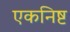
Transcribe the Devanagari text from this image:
एकनिष्ट